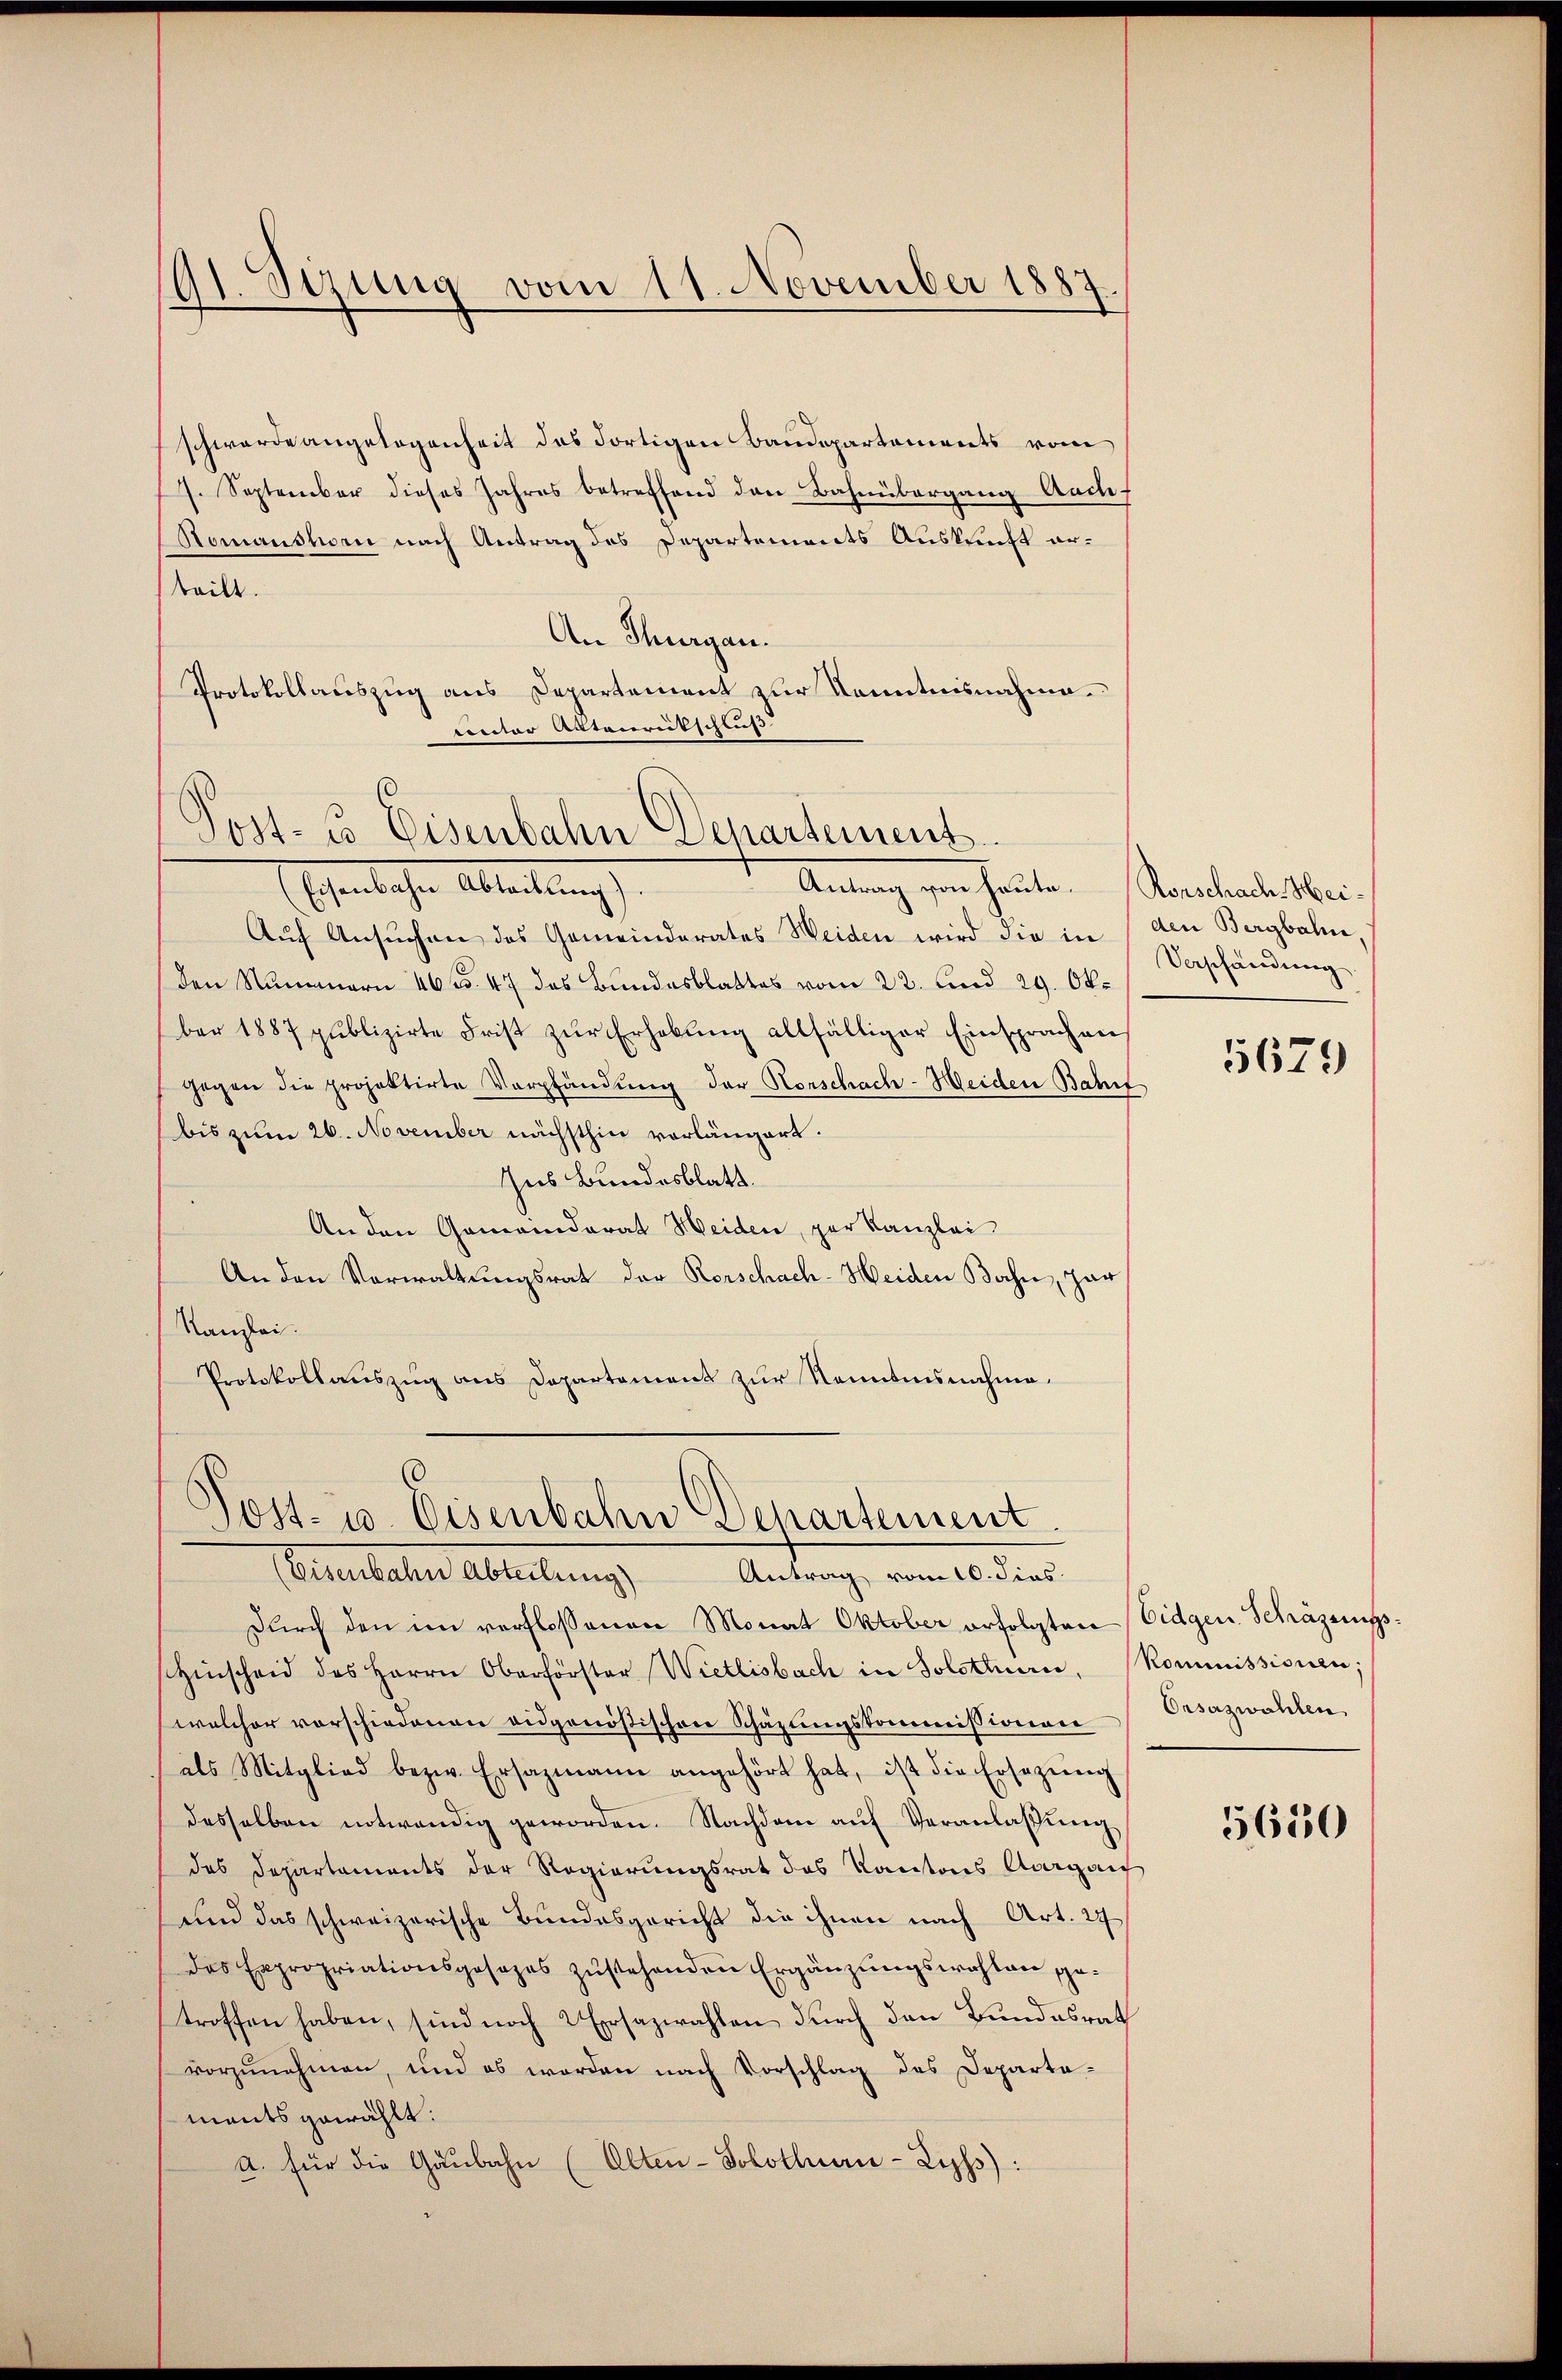
11. Sprung vom 11. November 1887.
)

schwerde angelegenheit das dortigen Bandepartements vom
7. September dieses Jahres betreffend den Bahnübergang Aach
Nomanshorn nach Antrag des Departements Auskunft erteilt.
An Thurgau.
Protokollauszug aus Departement zur Kenntnisnahme.
nter Autonrutschluß
Aŭf Ansuchen des Gemeinderates Weiden wird die in den Bergbahn,
Den Nummern 46 f. 47 des Bundesblattes vom 22. und 29. Okber 1887 publizirte Frist zŭr Erhebŭng allfälliger Einsprachen
gegen die projektirte Verpfändung der Horschach-Heiden Bahnf
bis zum 26. November nächsthin vorlängert.
Ius Bundesblatt.
An den Gemeinderat Heiden, per Kanzlei
An den Vorwaltungsrat der Rorschach-Heiden Bahn, gar
Kanzlei.
Protokollauszug aus Departement zur Kenntnisnahme.

Post- u. Eisenbahn Departement.
Esentliche Ableitung
Antrag von heute. Menschachen Mei¬

Post- u. Eisenbahn Departement
Simulaten Abteilung
Antrag vom 10. dies

Durch den im verflossenen Monat Oktober erfolgten Eidgen. Schäzungs¬
Hinscheid des Herrn Oberförster Wietlisbach in Solothurn, Kommissionen;
welcher vorschiedenen eidgenößischen Schazungskommissionen
als Mitglied bezw. Ersazmann angehört hat, ist die Ersezung
desselben notwendig geworden. Nachdem auf Veranlaßung
des Departements der Regierungsrat das Kantons Aargau
und das schweizerische Bundesgericht die ihnen nach Art. 27
das Expropriationsgesezes zŭstehenden Ergänzŭngswahlen ge-
troffen haben, sind noch 2 Ersazwahlen durch den Bundesrath
vorzunehmen, und es werden nach Vorschlag des Departements gewählt:
a. für die Gaŭbahn (Alten-Solothuen-Lyps):

Vorschändung

5679

Orsazwahlen

5650